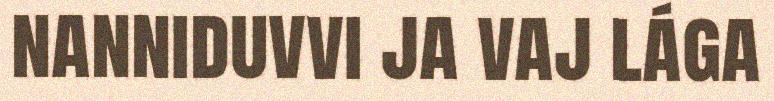
nanniduvvi ja vaj lága